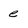
Character: e